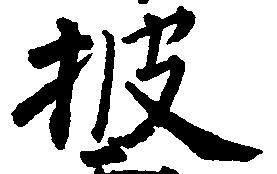
披